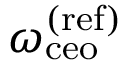
\omega _ { \mathrm { c e o } } ^ { \mathrm { ( r e f ) } }